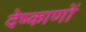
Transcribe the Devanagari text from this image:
देष्काणों